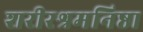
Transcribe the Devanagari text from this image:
शरीरश्रमनिष्ठा